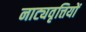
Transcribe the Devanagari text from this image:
नाट्यवृत्तियों